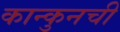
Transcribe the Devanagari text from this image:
कान्कुनची